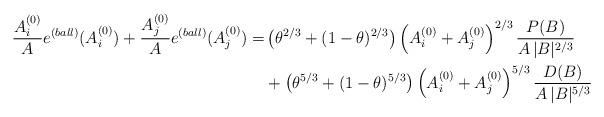
LaTeX: \begin{align*}\frac{A_i^{(0)}}{A} e^{(ball)}(A^{(0)}_i) + \frac{A_j^{(0)}}{A}e^{(ball)}(A^{(0)}_j) = & \left( \theta^{2/3} + (1-\theta)^{2/3} \right) \left(A^{(0)}_i + A^{(0)}_j \right)^{2/3} \frac{P(B)}{A\, |B|^{2/3}} \\& + \left( \theta^{5/3} + (1-\theta)^{5/3} \right) \left( A^{(0)}_i + A^{(0)}_j\right)^{5/3} \frac{D(B)}{A\, |B|^{5/3}}\end{align*}